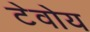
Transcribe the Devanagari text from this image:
टेवोय